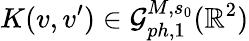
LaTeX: K(v,v^{\prime})\in\mathcal{G}_{ph,1}^{M,s_{0}}(\mathbb R^{2})